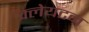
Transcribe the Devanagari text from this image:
क्लेयटन